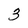
Character: 3